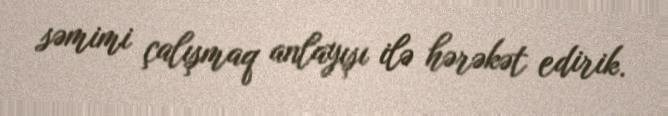
səmimi çalışmaq anlayışı ilə hərəkət edirik.